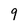
Character: 9